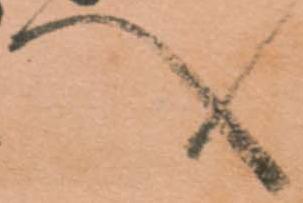
へ